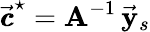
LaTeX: \vec{\pmb{c}}^{\star}={\mathbf A}^{-1}\, \vec{\mathbf y}_{s}